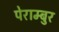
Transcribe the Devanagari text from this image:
पेराम्बुर